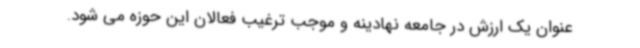
عنوان یک ارزش در جامعه نهادینه و موجب ترغیب فعالان این حوزه می شود.